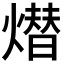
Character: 𤏖